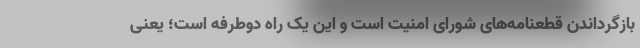
بازگرداندن قطعنامه‌های شورای امنیت است و این یک راه دوطرفه است؛ یعنی